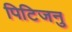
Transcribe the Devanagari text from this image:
पिटिजनु